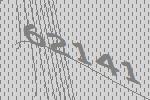
62141